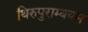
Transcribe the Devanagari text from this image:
थिरुपुराम्बयम